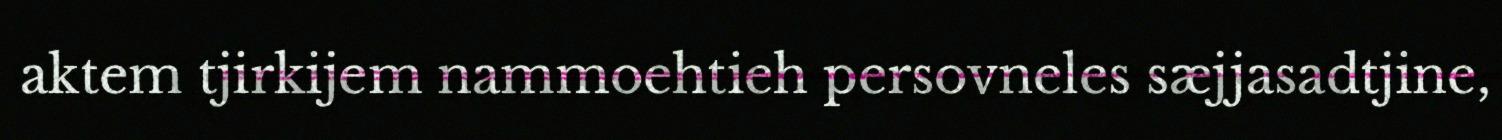
aktem tjirkijem nammoehtieh persovneles sæjjasadtjine,